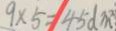
9 \times 5 = 4 5 d m ^ { 2 }